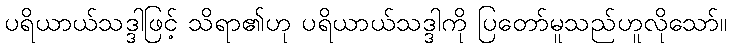
ပရိယာယ်သဒ္ဒါဖြင့် သိရာ၏ဟု ပရိယာယ်သဒ္ဒါကို ပြတော်မူသည်ဟူလိုသော်။